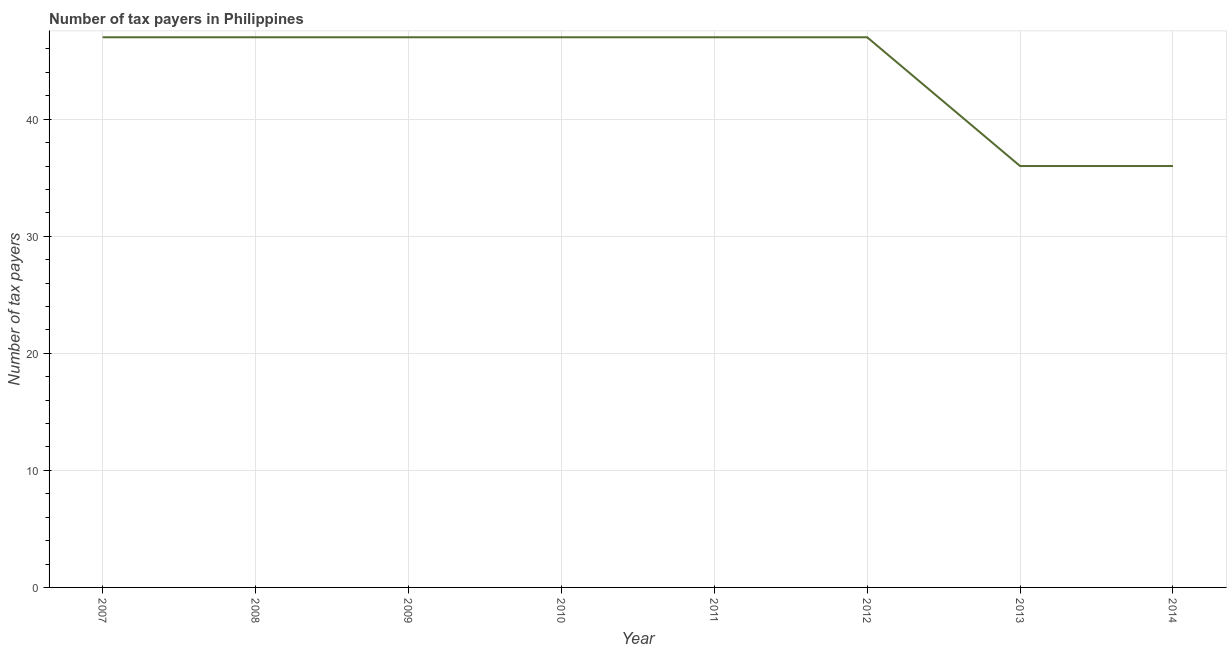
| Year | Tax payments |
 | --- | --- |
 | 2007 | 47 |
 | 2008 | 47 |
 | 2009 | 47 |
 | 2010 | 47 |
 | 2011 | 47 |
 | 2012 | 47 |
 | 2013 | 36 |
 | 2014 | 36 |